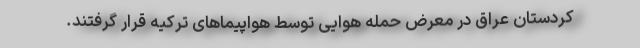
کردستان عراق در معرض حمله هوایی توسط هواپیماهای ترکیه قرار گرفتند.